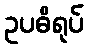
ဥပဓိရုပ်